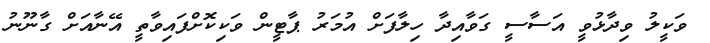
ވަކީލު ވިދާޅުވީ އަސާސީ ގަވާއިދާ ހިލާފަށް އުމަރު ޕާޓީން ވަކިކޮށްފައިވާތީ އޭނާއަށް ގާނޫނު